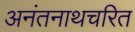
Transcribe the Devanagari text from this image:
अनंतनाथचरित